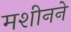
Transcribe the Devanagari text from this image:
मशीनने